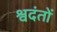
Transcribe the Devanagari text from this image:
श्वदंतों